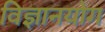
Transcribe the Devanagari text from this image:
विज्ञानयोग